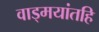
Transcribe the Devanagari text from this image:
वाड्मयांतहि